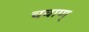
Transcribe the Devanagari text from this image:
चवाण्